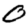
Digit: 0